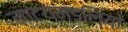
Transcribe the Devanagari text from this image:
नाट्यमंडलियां